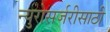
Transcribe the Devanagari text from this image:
न्युरोसर्जरीसाठी